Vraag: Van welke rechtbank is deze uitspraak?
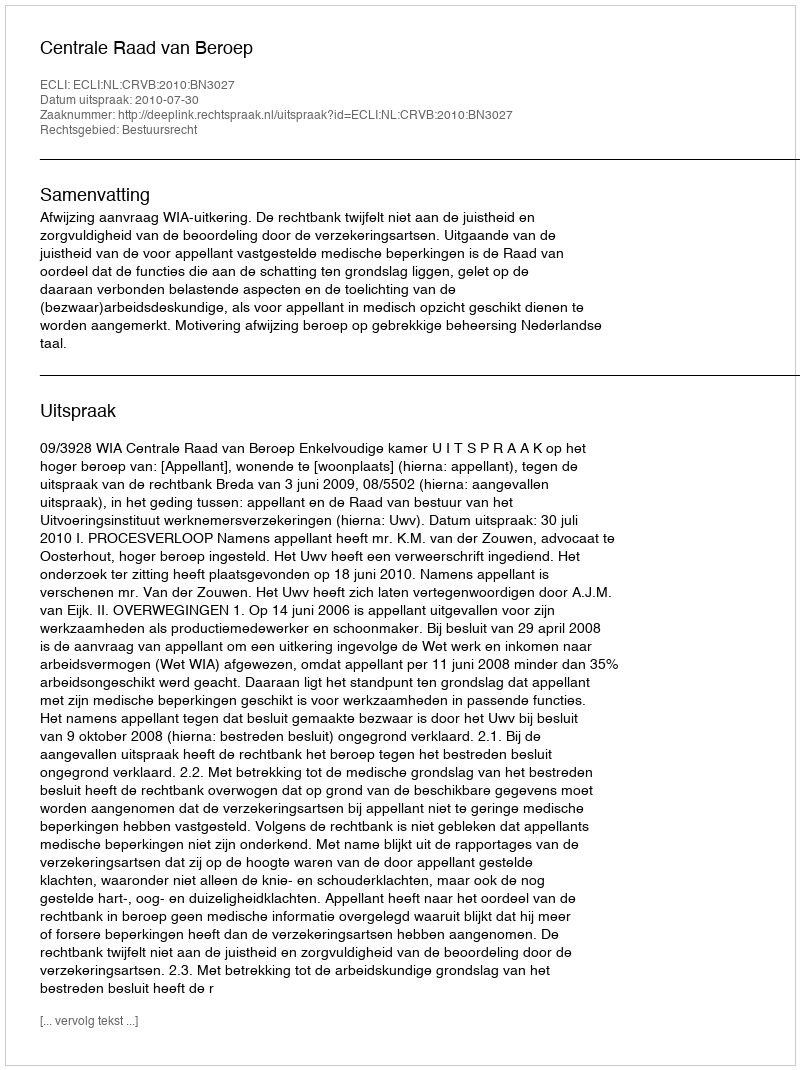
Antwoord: Centrale Raad van Beroep